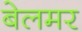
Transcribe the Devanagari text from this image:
बेलमर